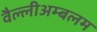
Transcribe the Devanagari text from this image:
वैल्लीअम्बलम